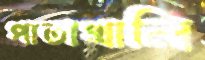
পাতাখালি